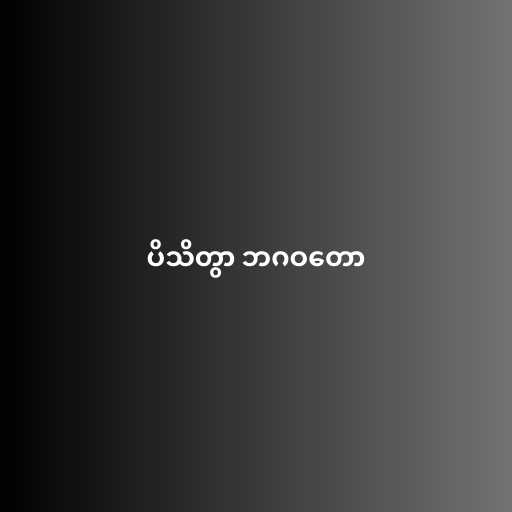
ပိသိတွာ ဘဂဝတော